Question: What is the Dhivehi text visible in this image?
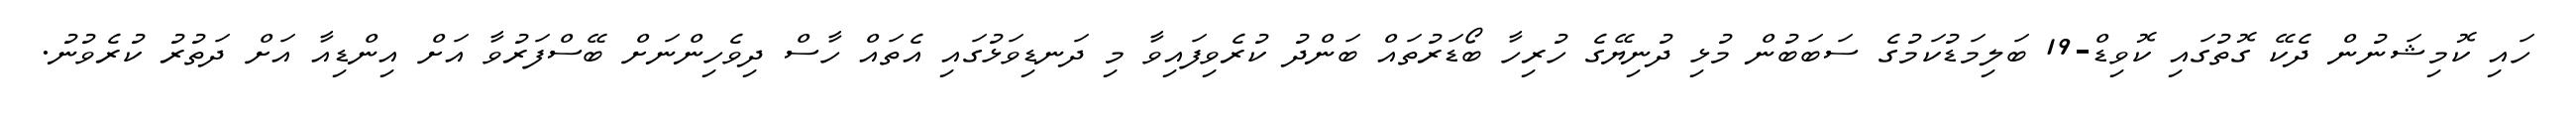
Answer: ހައި ކޮމިޝަނުން ދެކޭ ގޮތުގައި ކޮވިޑް-19 ބަލިމަޑުކަމުގެ ސަބަބުން މުޅި ދުނިޔޭގެ ހުރިހާ ބޯޑަރުތައް ބަންދު ކުރެވިފައިވާ މި ދަނޑިވަޅުގައި އެތައް ހާސް ދިވެހިންނަށް ބޭސްފަރުވާ އަށް އިންޑިއާ އަށް ދަތުރު ކުރެވުނު.